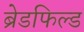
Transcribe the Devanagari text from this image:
ब्रेडफिल्ड